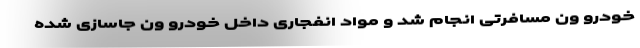
خودرو ون مسافرتی انجام شد و مواد انفجاری داخل خودرو ون جاسازی شده